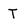
Character: T